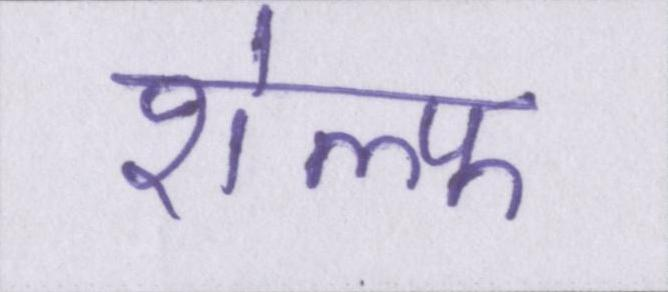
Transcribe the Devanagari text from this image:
शेल्फ